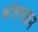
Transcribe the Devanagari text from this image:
संतसज्जन